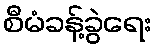
စီမံခန့်ခွဲရေး